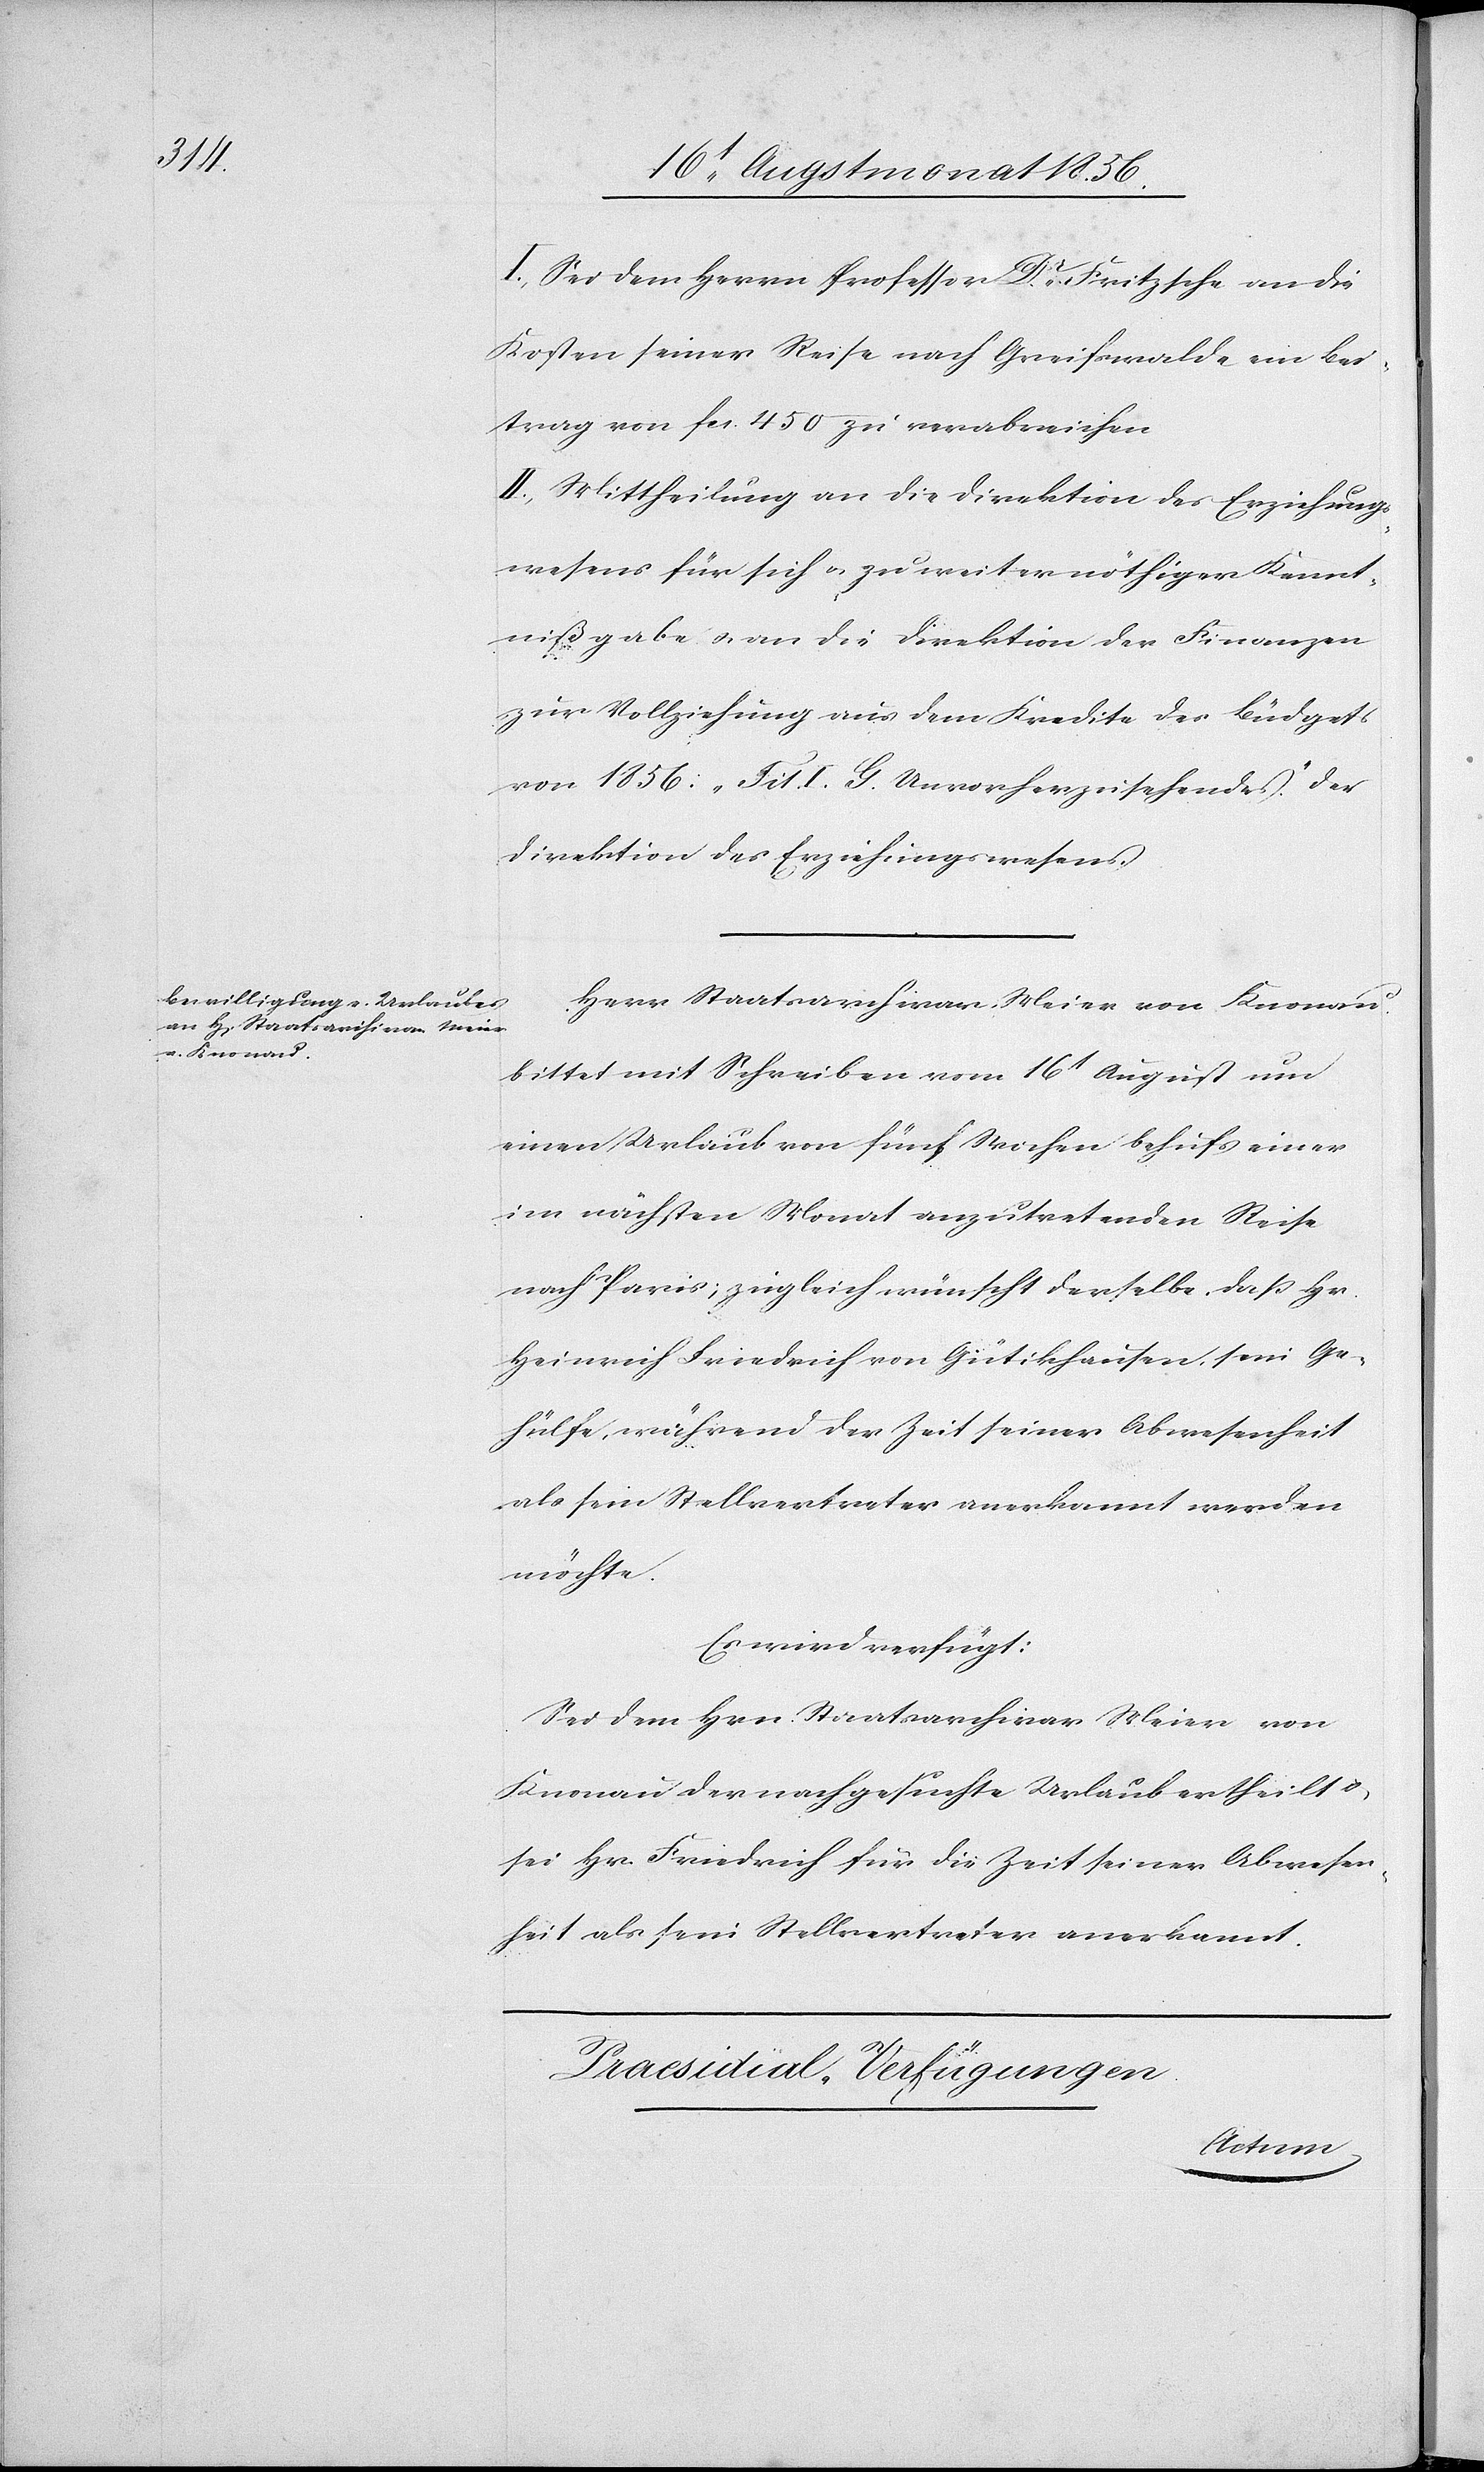
I.) Sei dem Herrn Professor Dr Fritzsche an die
Kosten seiner Reise nach Greifswalde ein Bei¬
trag von fcs. 450 zu verabreichen[.]
II.) Mittheilung an die Direktion des Erziehungs¬
wesens für sich u. zu weiter nöthiger Kennt¬
nißgabe u. an die Direktion der Finanzen
zur Vollziehung aus dem Kredite des Büdgets
von 1856: „Tit. I. G. Unvorherzusehendes.” der
Direktion des Erziehungswesens.
Herr Staatsarchivar Meier von Knonau
bittet mit Schreiben vom 16t August um
einen Urlaub von fünf Wochen behufs einer
im nächsten Monat anzutretenden Reise
nach Paris; zugleich wünscht derselbe, dass Hr.
Heinrich Friedrich von Gütikhausen, sein Ge¬
hülfe, während der Zeit seiner Abwesenheit
als sein Stellvertreter anerkannt werden
möchte.
Es wird verfügt:
Sei dem Hrn. Staatsarchivar Meier von
Knonau der nachgesuchte Urlaub ertheilt u.
sei Hr. Friedrich für die Zeit seiner Abwesen¬
heit als sein Stellvertreter anerkannt.
Praesidial-Verfügungen.